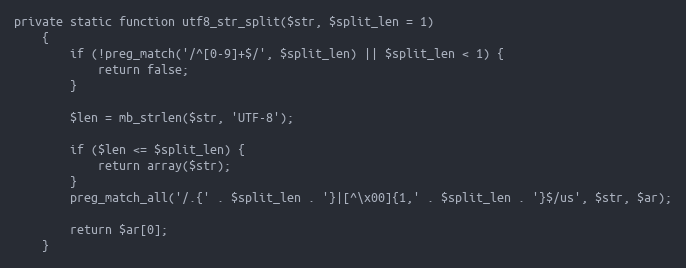
Language: PHP
private static function utf8_str_split($str, $split_len = 1)
    {
        if (!preg_match('/^[0-9]+$/', $split_len) || $split_len < 1) {
            return false;
        }

        $len = mb_strlen($str, 'UTF-8');

        if ($len <= $split_len) {
            return array($str);
        }
        preg_match_all('/.{' . $split_len . '}|[^\x00]{1,' . $split_len . '}$/us', $str, $ar);

        return $ar[0];
    }